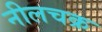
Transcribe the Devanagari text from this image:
नीलचक्र